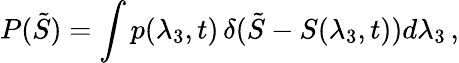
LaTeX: P(\tilde{S})=\int p(\lambda_{3},t)\, \delta(\tilde{S}-S(\lambda_{3},t))d\lambda_{3}\, ,